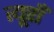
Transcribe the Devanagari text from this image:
त्यूराँ